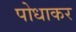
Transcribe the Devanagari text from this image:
पोधाकर